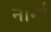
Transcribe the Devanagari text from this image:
नार्मा